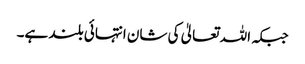
جبکہ اللہ تعالیٰ کی شان انتہائی بلند ہے۔